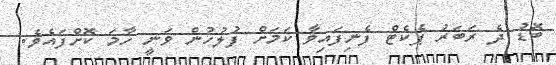
ބޮޑު ދެ ރަބަރު ޕެކެޓް ފެނިފައިވާ ކަމަށް ފުލުހުން ވަނީ ހާމަ ކޮށްފައެވެ.